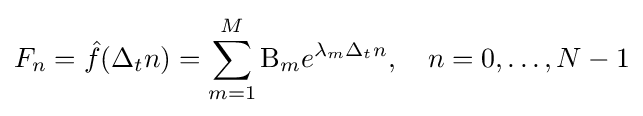
F_{n}={\hat {f}}(\Delta _{t}n)=\sum _{m=1}^{M}\mathrm {B} _{m}e^{\lambda _{m}\Delta _{t}n},\quad n=0,\dots ,N-1